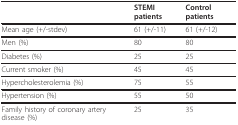
<table><thead><tr><td></td><td><b>STEMI patients</b></td><td><b>Control patients</b></td></tr></thead><tbody><tr><td>Mean age (+/-stdev)</td><td>61 (+/-11)</td><td>61 (+/-12)</td></tr><tr><td>Men (%)</td><td>80</td><td>80</td></tr><tr><td>Diabetes (%)</td><td>25</td><td>25</td></tr><tr><td>Current smoker (%)</td><td>45</td><td>45</td></tr><tr><td>Hypercholesterolemia (%)</td><td>75</td><td>55</td></tr><tr><td>Hypertension (%)</td><td>55</td><td>50</td></tr><tr><td>Family history of coronary artery disease (%)</td><td>25</td><td>35</td></tr></tbody></table>